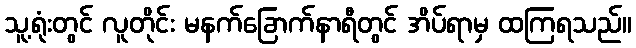
သူ့ရုံးတွင် လူတိုင်း မနက်ခြောက်နာရီတွင် အိပ်ရာမှ ထကြရသည်။